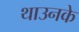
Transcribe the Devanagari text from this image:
थाउनके